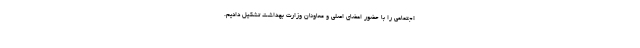
اجتماعی را با حضور اعضای اصلی و معاونان وزارت بهداشت تشکیل دادیم.